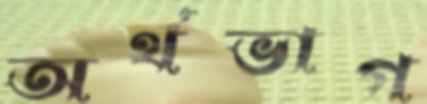
অর্থভাগ